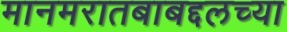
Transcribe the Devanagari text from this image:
मानमरातबाबद्दलच्या